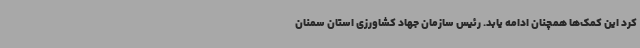
کرد این کمک‌ها همچنان ادامه یابد. رئیس سازمان جهاد کشاورزی استان سمنان